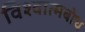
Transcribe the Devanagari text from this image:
विश्वात्मबोध